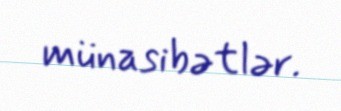
münasibətlər.